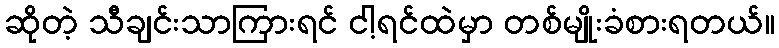
ဆိုတဲ့ သီချင်းသာကြားရင် ငါ့ရင်ထဲမှာ တစ်မျိုးခံစားရတယ်။